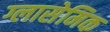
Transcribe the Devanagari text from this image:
ग्लासेमिक